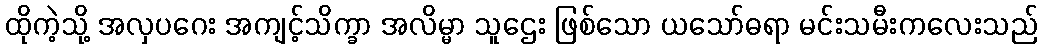
ထိုကဲ့သို့ အလှပဂေး အကျင့်သိက္ခာ အလိမ္မာ သူဌေး ဖြစ်သော ယသော်ဓရာ မင်းသမီးကလေးသည်